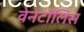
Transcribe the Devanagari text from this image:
वेनेटॉलिस